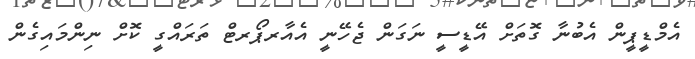
އެމްޑީޕީން އެބުނާ ގޮތަށް އޭޑީސީ ނަގަން ޖެހޭނީ އެއާރޕޯރޓް ތަރައްގީ ކޮށް ނިންމައިގެން